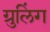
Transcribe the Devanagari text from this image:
ग्रुलिंग